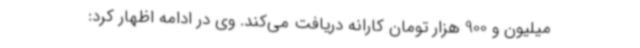
میلیون و 900 هزار تومان کارانه دریافت می‌کند. وی در ادامه اظهار کرد: